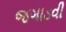
જગાડવી